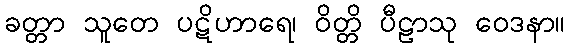
ခတ္တာ သူတေ ပဋိဟာရေ၊ ဝိတ္တိ ပီဠာသု ဝေဒနာ။